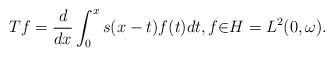
\begin{align*}Tf=\frac{d}{dx}\int_{0}^{x}s(x-t)f(t)dt,f{\in}H=L^{2}(0,\omega).\end{align*}